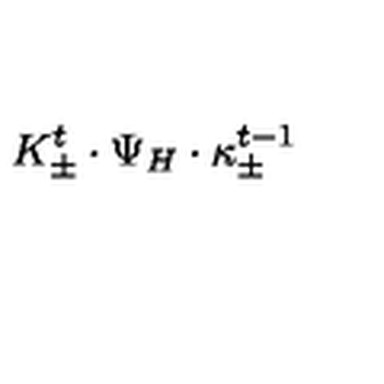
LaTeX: { K _ { \pm } ^ { t } \cdot \Psi _ { H } \cdot \kappa _ { \pm } ^ { t - 1 } }